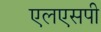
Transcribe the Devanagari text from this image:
एलएसपी